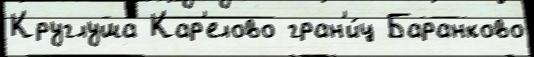
Круглуша Кар'елово гран'и́ц Баранково